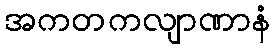
အကတကလျာဏာနံ